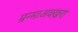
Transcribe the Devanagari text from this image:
म्रन्माअक्खरा